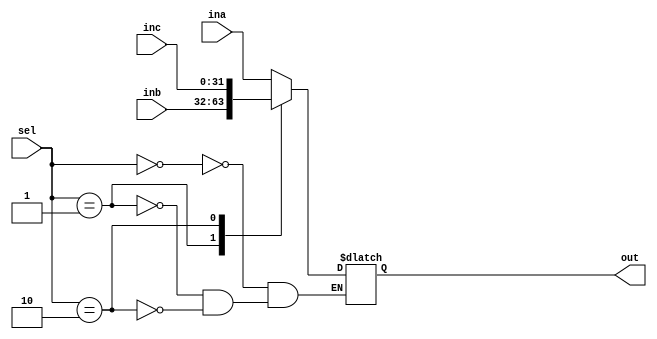
`timescale 1ns / 1ps
//////////////////////////////////////////////////////////////////////////////////
// Company: 
// Engineer: 
// 
// Design Name: 
// Module Name: mux4_1
// Project Name: 
// Target Devices: 
// Tool Versions: 
// Description: 
// 
// Dependencies: 
// 
// Revision:
// Revision 0.01 - File Created
// Additional Comments:
// 
//////////////////////////////////////////////////////////////////////////////////


module mux4_1(input [31:0] ina, inb, inc,
              input [31:0] sel,
              output reg [31:0] out);
    always@(*) begin
        case(sel)
            2'b00: out = ina;
            2'b01: out = inb;
            2'b10: out = inc;
        endcase
    end
endmodule